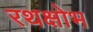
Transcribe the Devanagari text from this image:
रथक्षोभ